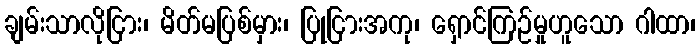
ချမ်းသာလိုငြား၊ မိတ်မပြစ်မှား၊ ပြုငြားအကု၊ ရှောင်ကြဉ်မှုဟူသော ဂါထာ၊